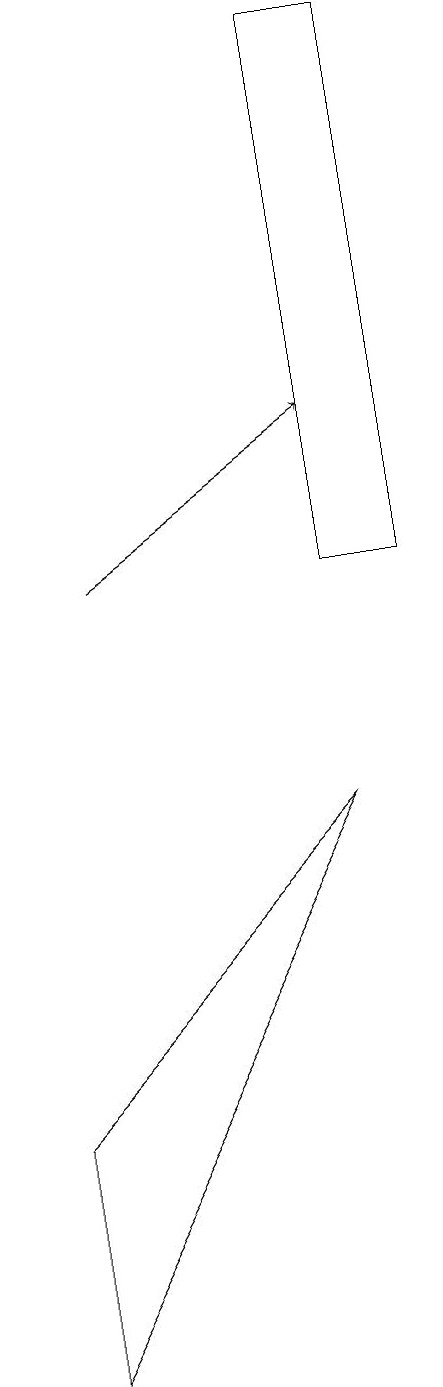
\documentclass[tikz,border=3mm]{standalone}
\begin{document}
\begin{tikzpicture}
\draw (5,19) rectangle (6,12);
\draw (1,5) -- (1,2) -- (5,9) -- cycle;
\draw[->] (2,12) -- (5,14);
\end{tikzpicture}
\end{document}